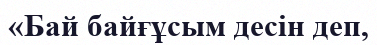
«Бай байғұсым десін деп,